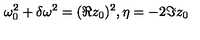
\: \omega _ { 0 } ^ { 2 } + \delta \omega ^ { 2 } = ( \Re z _ { 0 } ) ^ { 2 } , \eta = - 2 \Im z _ { 0 } \: